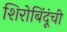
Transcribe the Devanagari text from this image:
शिरोबिंदूंची